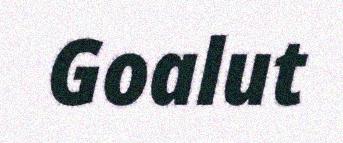
Goalut